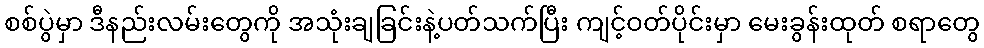
စစ်ပွဲမှာ ဒီနည်းလမ်းတွေကို အသုံးချခြင်းနဲ့ပတ်သက်ပြီး ကျင့်ဝတ်ပိုင်းမှာ မေးခွန်းထုတ် စရာတွေ